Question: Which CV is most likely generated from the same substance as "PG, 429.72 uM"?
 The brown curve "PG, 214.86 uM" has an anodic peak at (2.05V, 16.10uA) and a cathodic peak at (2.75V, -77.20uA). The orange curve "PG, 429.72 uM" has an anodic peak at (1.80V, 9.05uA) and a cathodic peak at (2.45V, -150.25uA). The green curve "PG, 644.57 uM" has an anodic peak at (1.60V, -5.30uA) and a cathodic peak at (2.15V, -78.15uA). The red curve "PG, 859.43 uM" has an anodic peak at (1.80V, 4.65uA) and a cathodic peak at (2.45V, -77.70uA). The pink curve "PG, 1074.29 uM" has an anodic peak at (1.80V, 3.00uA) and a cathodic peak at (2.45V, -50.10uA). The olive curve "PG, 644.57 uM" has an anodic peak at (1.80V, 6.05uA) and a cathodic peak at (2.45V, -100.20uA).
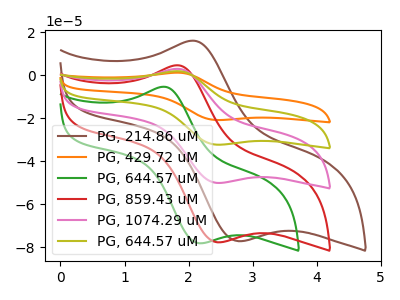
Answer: <think>"PG, 214.86 uM" and "PG, 429.72 uM" have at least one peak that do not match. "PG, 214.86 uM" and "PG, 644.57 uM" have at least one peak that do not match. "PG, 214.86 uM" and "PG, 859.43 uM" have at least one peak that do not match. "PG, 214.86 uM" and "PG, 1074.29 uM" have at least one peak that do not match. "PG, 214.86 uM" and "PG, 644.57 uM" have at least one peak that do not match. "PG, 429.72 uM" and "PG, 644.57 uM" have at least one peak that do not match. All the peaks in "PG, 429.72 uM" have a peak in "PG, 859.43 uM" at the same potential. Every peak in "PG, 429.72 uM" is higher than every peak in "PG, 859.43 uM". All the peaks in "PG, 429.72 uM" have a peak in "PG, 1074.29 uM" at the same potential. Every peak in "PG, 429.72 uM" is higher than every peak in "PG, 1074.29 uM". All the peaks in "PG, 429.72 uM" have a peak in "PG, 644.57 uM" at the same potential. Every peak in "PG, 429.72 uM" is higher than every peak in "PG, 644.57 uM". "PG, 644.57 uM" and "PG, 859.43 uM" have at least one peak that do not match. "PG, 644.57 uM" and "PG, 1074.29 uM" have at least one peak that do not match. "PG, 644.57 uM" and "PG, 644.57 uM" have at least one peak that do not match. All the peaks in "PG, 859.43 uM" have a peak in "PG, 1074.29 uM" at the same potential. Every peak in "PG, 859.43 uM" is higher than every peak in "PG, 1074.29 uM". All the peaks in "PG, 859.43 uM" have a peak in "PG, 644.57 uM" at the same potential. Every peak in "PG, 859.43 uM" is lower than every peak in "PG, 644.57 uM". All the peaks in "PG, 1074.29 uM" have a peak in "PG, 644.57 uM" at the same potential. Every peak in "PG, 1074.29 uM" is lower than every peak in "PG, 644.57 uM".
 </think>
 <answer>"PG, 429.72 uM", "PG, 1074.29 uM" and "PG, 644.57 uM" have a similar shape to "PG, 859.43 uM".</answer>
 <eval>"PG, 429.72 uM" "PG, 1074.29 uM" "PG, 644.57 uM"</eval>